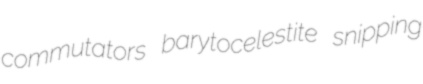
commutators barytocelestite snipping